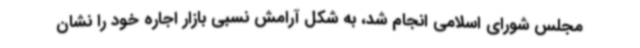
مجلس شورای اسلامی انجام شد، به شکل آرامش نسبی بازار اجاره خود را نشان